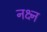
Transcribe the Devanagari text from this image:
नक्ष्न